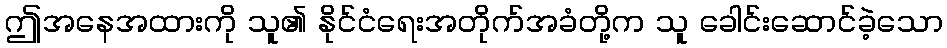
ဤအနေအထားကို သူ၏ နိုင်ငံရေးအတိုက်အခံတို့က သူ ခေါင်းဆောင်ခဲ့သော